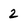
Character: 2